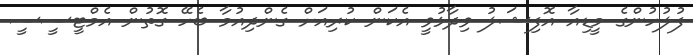
ފުލުހުންގެ މީޑިއާ އޮފިޝަލު ވިދާޅުވީ އެކަން ކުރިއަށް ގެންދިއުމާ ބެހޭ ގޮތުން އެމްޓީސީސީ